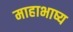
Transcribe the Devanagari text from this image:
माहाभाष्य